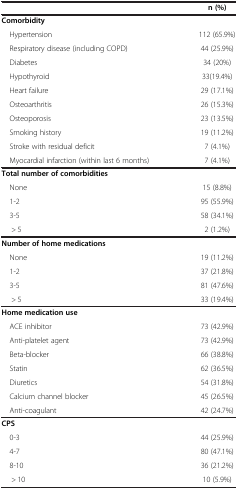
<table><thead><tr><td><b> </b></td><td><b>n (%)</b></td></tr></thead><tbody><tr><td><b>Comorbidity</b></td><td> </td></tr><tr><td> Hypertension</td><td>112 (65.9%)</td></tr><tr><td> Respiratory disease (including COPD)</td><td>44 (25.9%)</td></tr><tr><td> Diabetes</td><td>34 (20%)</td></tr><tr><td> Hypothyroid</td><td>33(19.4%)</td></tr><tr><td> Heart failure</td><td>29 (17.1%)</td></tr><tr><td> Osteoarthritis</td><td>26 (15.3%)</td></tr><tr><td> Osteoporosis</td><td>23 (13.5%)</td></tr><tr><td> Smoking history</td><td>19 (11.2%)</td></tr><tr><td> Stroke with residual deficit</td><td>7 (4.1%)</td></tr><tr><td> Myocardial infarction (within last 6 months)</td><td>7 (4.1%)</td></tr><tr><td><b>Total number of comorbidities</b></td><td> </td></tr><tr><td> None</td><td>15 (8.8%)</td></tr><tr><td> 1-2</td><td>95 (55.9%)</td></tr><tr><td> 3-5</td><td>58 (34.1%)</td></tr><tr><td>&gt; 5</td><td>2 (1.2%)</td></tr><tr><td><b>Number of home medications</b></td><td> </td></tr><tr><td> None</td><td>19 (11.2%)</td></tr><tr><td> 1-2</td><td>37 (21.8%)</td></tr><tr><td> 3-5</td><td>81 (47.6%)</td></tr><tr><td>&gt; 5</td><td>33 (19.4%)</td></tr><tr><td><b>Home medication use</b></td><td> </td></tr><tr><td> ACE inhibitor</td><td>73 (42.9%)</td></tr><tr><td> Anti-platelet agent</td><td>73 (42.9%)</td></tr><tr><td> Beta-blocker</td><td>66 (38.8%)</td></tr><tr><td> Statin</td><td>62 (36.5%)</td></tr><tr><td> Diuretics</td><td>54 (31.8%)</td></tr><tr><td> Calcium channel blocker</td><td>45 (26.5%)</td></tr><tr><td> Anti-coagulant</td><td>42 (24.7%)</td></tr><tr><td><b>CPS</b></td><td> </td></tr><tr><td> 0-3</td><td>44 (25.9%)</td></tr><tr><td> 4-7</td><td>80 (47.1%)</td></tr><tr><td> 8-10</td><td>36 (21.2%)</td></tr><tr><td>&gt; 10</td><td>10 (5.9%)</td></tr></tbody></table>